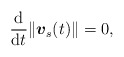
\begin{align*}\frac{{\rm d}}{{\rm d}t}\|\mbox{\mathversion{bold}$v$}_{s}(t)\|=0,\end{align*}